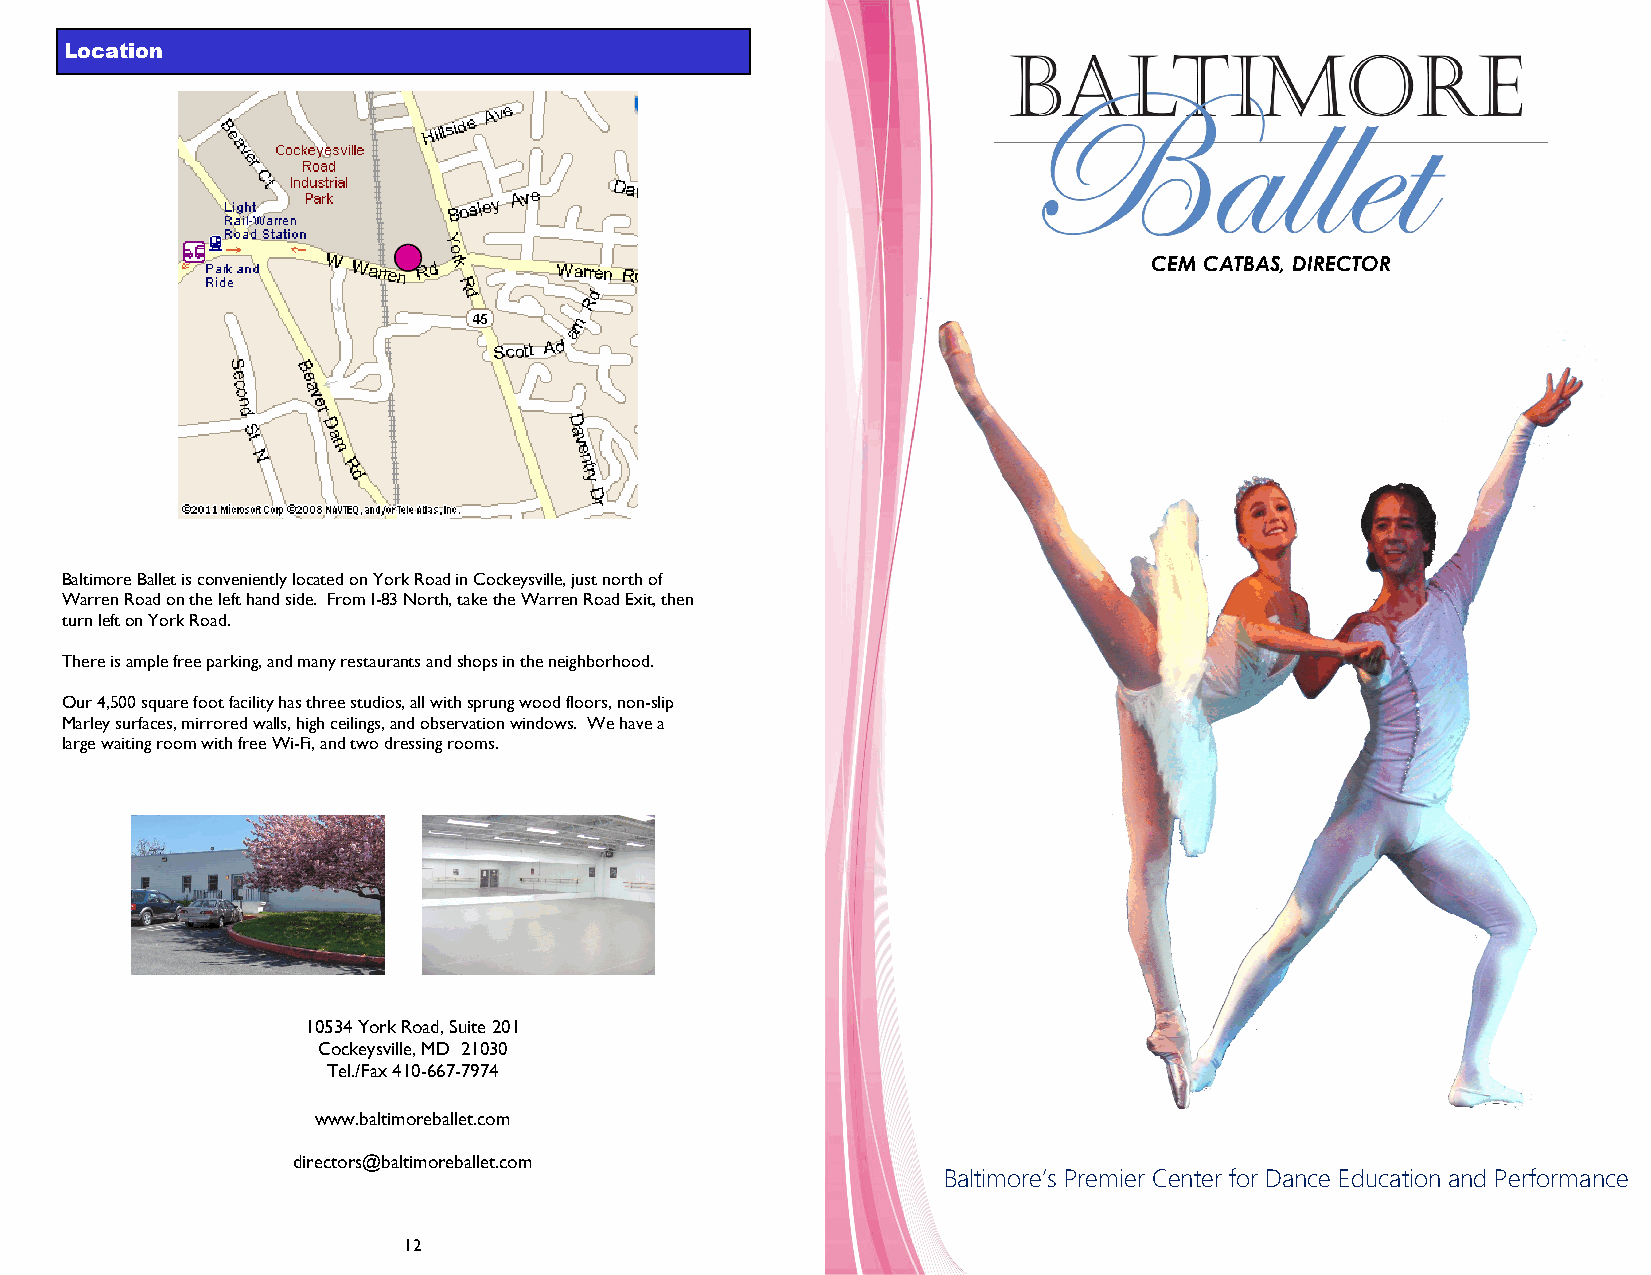
Lo cation
 CEM CATBAS, DIRECTOR
 Baltimore Ballet is conveniently located on York Road in Cockeysville, just north of
 Warren Road on the left hand side. From I-83 North, take the Warren Road Exit, then
 turn left on York Road.
 There is ample free parking, and many restaurants and shops in the neighborhood.
 Our 4,500 square foot facility has three studios, all with sprung wood floors, non-slip
 Marley surfaces, mirrored walls, high ceilings, and observation windows. We have a
 large waiting room with free Wi-Fi, and two dressing rooms.
 10534 York Road, Suite 201
 Cockeysville, MD 21030
 Tel./Fax 410-667-7974
 www.baltimoreballet.com
 directors@baltimoreballet.com
 Baltimore’s Premier Center for Dance Education and Performance
 12